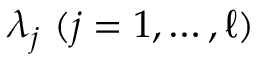
\lambda _ { j } \ ( j = 1 , \ldots , \ell )